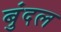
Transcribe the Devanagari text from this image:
बुंदल